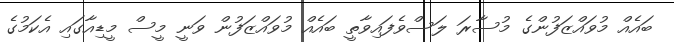
ބައެއް މުވައްޒަފުންގެ މުސާރަ ލަސްވެފައިވާތީ ބައެއް މުވައްޒަފުން ވަނީ މީސް މީޑިއާގައި އެކަމުގެ